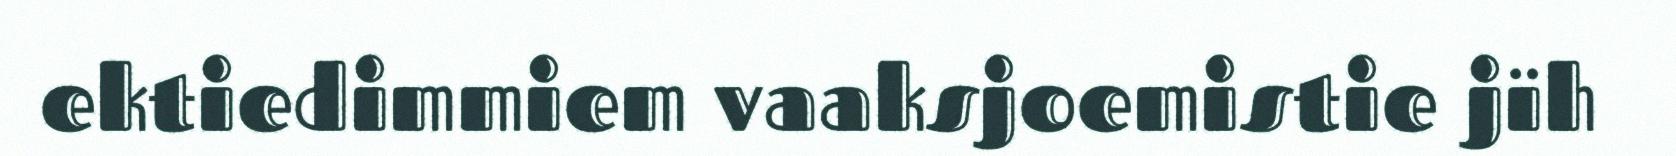
ektiedimmiem vaaksjoemistie jïh